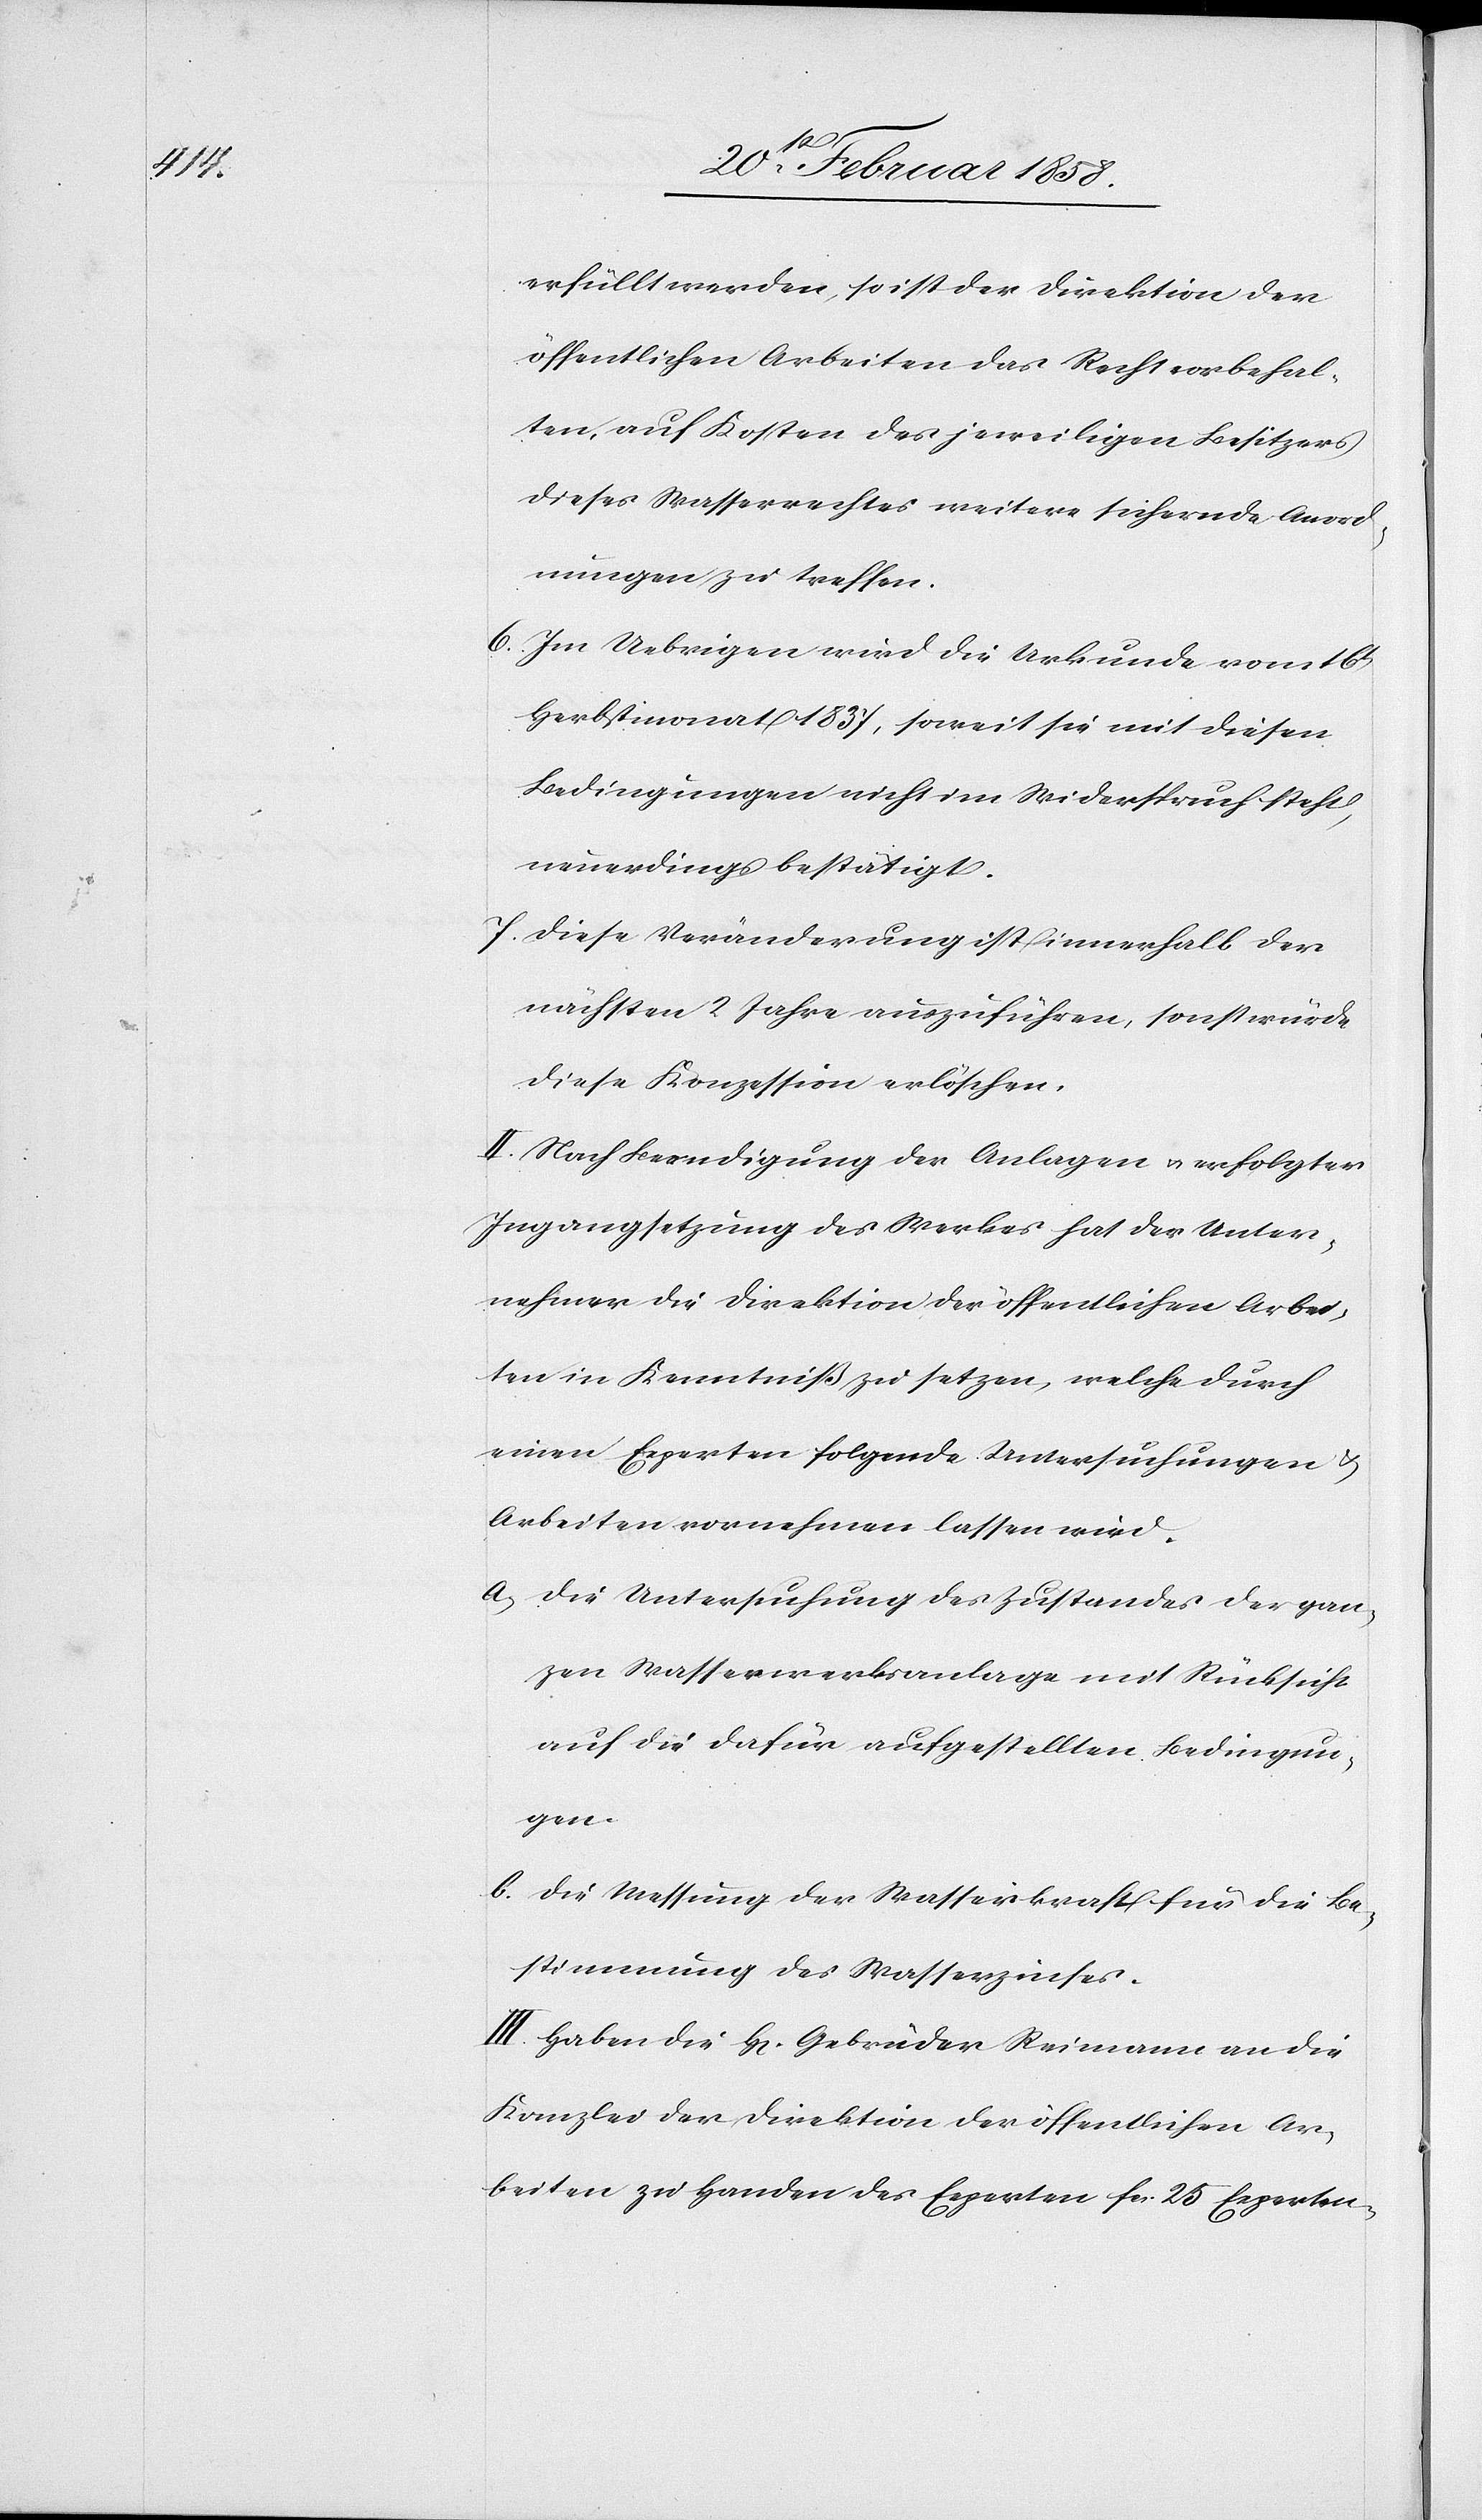
erfüllt werden, so ist der Direktion der
öffentlichen Arbeiten das Recht vorbehal¬
ten, auf Kosten des jeweiligen Besitzers
dieses Wasserrechtes weitere sichernde Anord¬
nungen zu treffen.
6. Im Uebrigen wird die Urkunde vom 16t
Herbstmonat 1837, soweit sie mit diesen
Bedingungen nicht im Widerspruch steht,
neuerdings bestätigt.
7. Diese Veränderung ist innerhalb der
nächsten 2 Jahre auszuführen, sonst würde
diese Konzession erlöschen.
II. Nach Beendigung der Anlagen u. erfolgter
Ingangsetzung des Werkes hat der Unter¬
nehmer die Direktion der öffentlichen Arbei¬
ten in Kenntniß zu setzen, welche durch
einen Experten folgende Untersuchungen u.
Arbeiten vornehmen lassen wird.
a. Die Untersuchung des Zustandes der gan¬
zen Wasserwerksanlage mit Rücksicht
auf die dafür aufgestellten Bedingun¬
gen.
b. Die Messung der Wasserkraft für die Be¬
stimmung des Wasserzinses.
III. Haben die H[erren] Gebrüder Reimann an die
Kanzlei der Direktion der öffentlichen Ar¬
beiten zu Handen des Experten fcs. 25 Experten-